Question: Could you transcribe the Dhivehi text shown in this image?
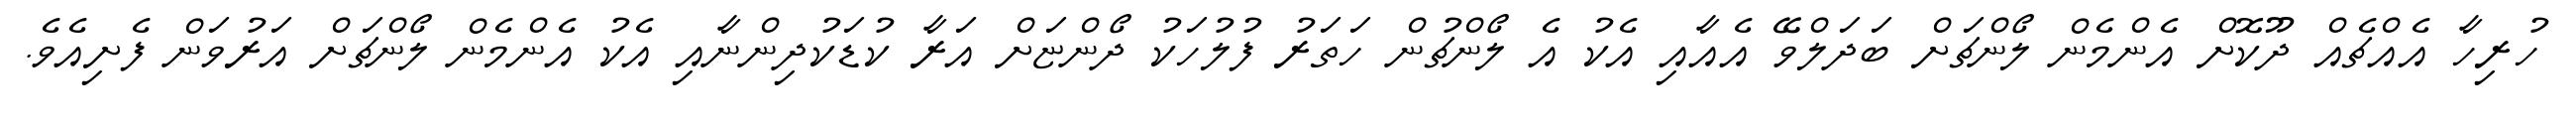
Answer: ހުރިހާ އެއްޗެއް ދޫކޮށް އެންމެން ލޯންޗަށް ބަދަލްވޭ އެއާއި އެކު އެ ލޯންޗުން ހަތަރު ފުލުހަކު ދޯންޏަށް އަރާ ކުޑަކުދިންނާއި އެކު އެންމެން ލޯންޗަށް އަރުވަން ފެށިއެވެ.